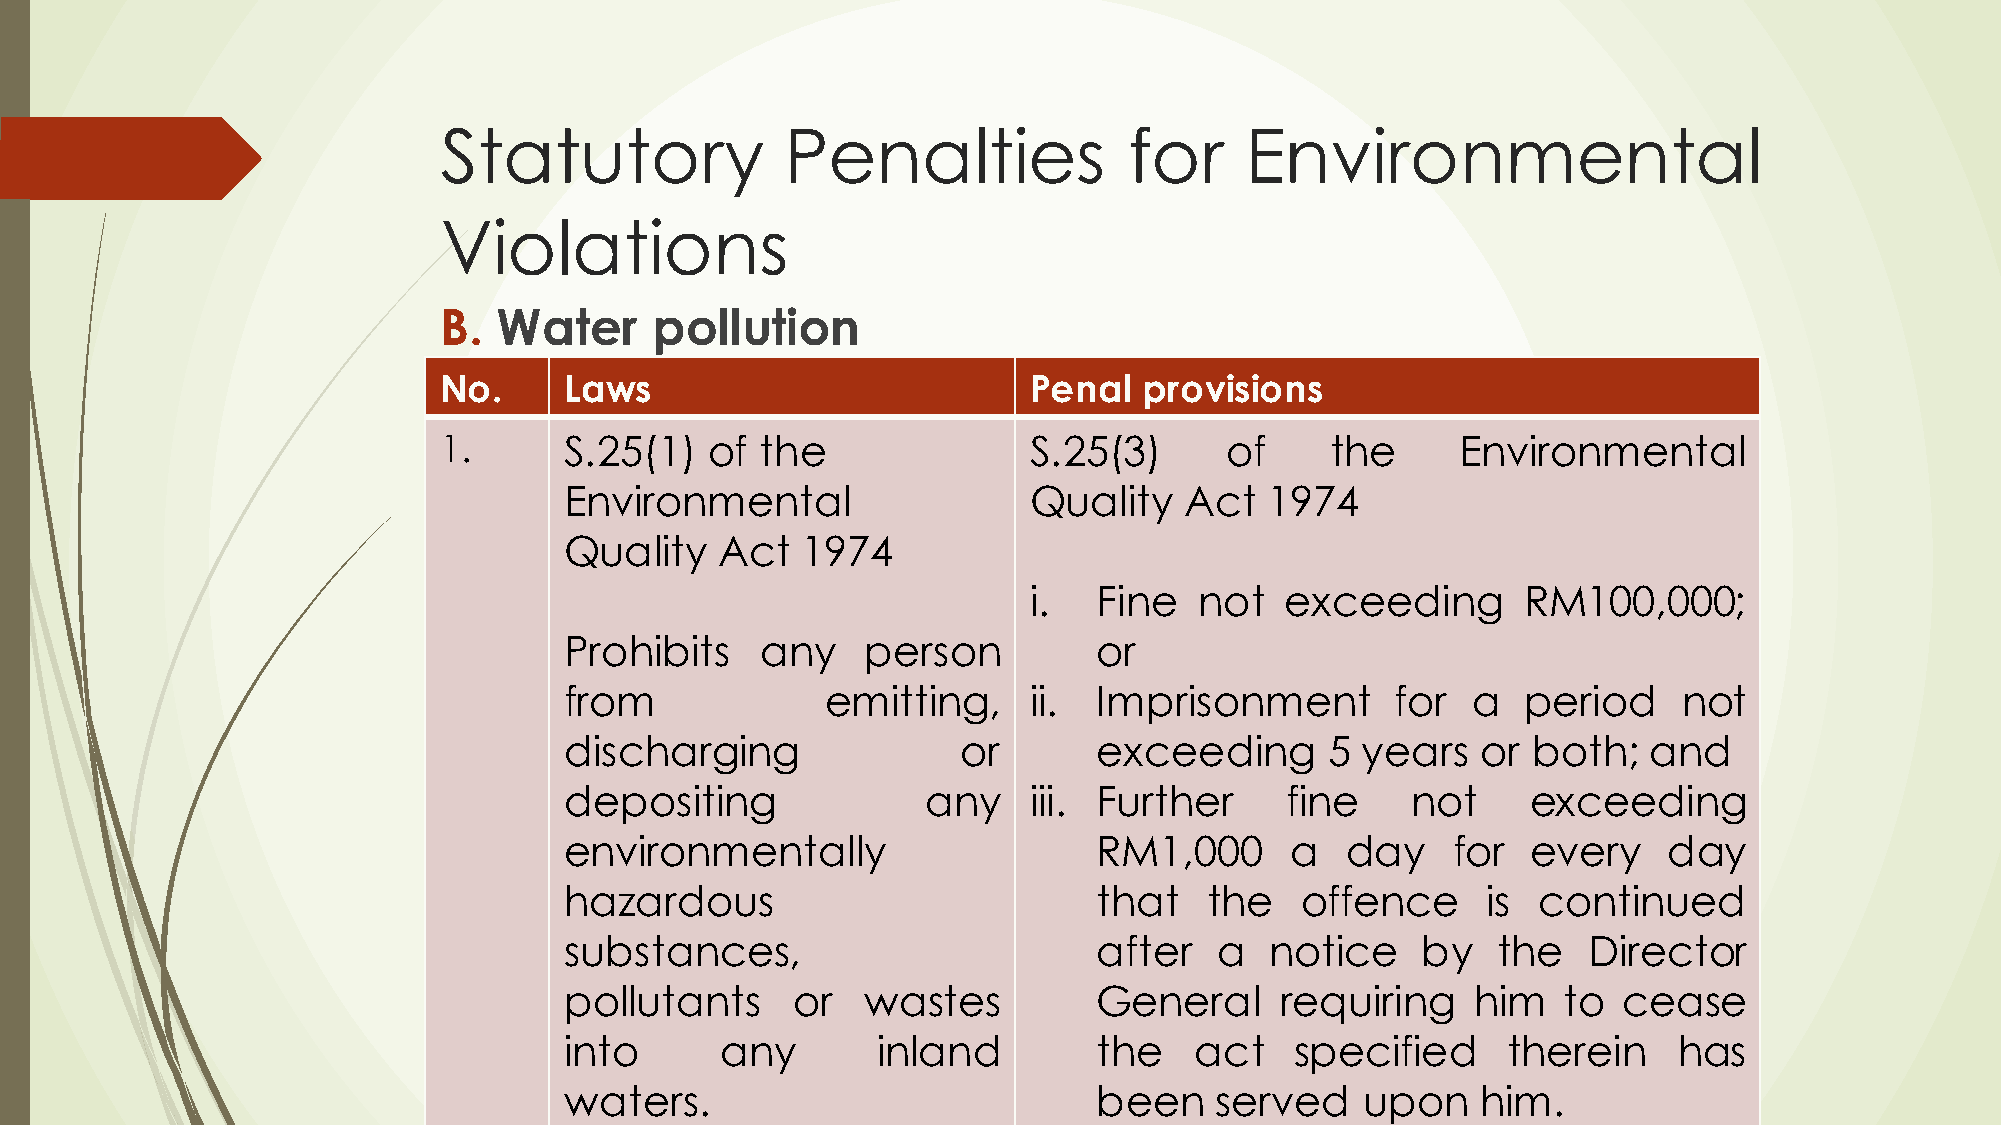
Statutory              Penalties              for    Environmental
 Violations
 B.  Water     pollution
 No.     Laws                           Penal   provisions
 1.      S.25(1)   of the               S.25(3)      of     the      Environmental
 Environmental                  Quality   Act   1974
 Quality    Act  1974
 i.   Fine  not   exceeding       RM100,000;
 Prohibits    any    person          or
 from              emitting,    ii.  Imprisonment       for  a   period    not
 discharging                or       exceeding      5 years   or both;   and
 depositing              any    iii. Further     fine    not     exceeding
 environmentally                     RM1,000     a   day    for  every    day
 hazardous                           that   the   offence     is  continued
 substances,                         after   a  notice    by   the   Director
 pollutants     or   wastes          General     requiring    him  to  cease
 into       any       inland         the   act    specified     therein    has
 waters.                             been   served    upon    him.